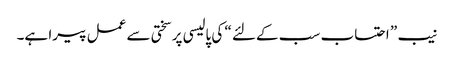
نیب ” احتساب سب کےلئے “ کی پالیسی پر سختی سے عمل پیرا ہے۔